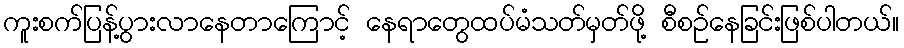
ကူးစက်ပြန့်ပွားလာနေတာကြောင့် နေရာတွေထပ်မံသတ်မှတ်ဖို့ စီစဉ်နေခြင်းဖြစ်ပါတယ်။